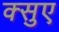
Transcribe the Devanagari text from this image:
क्सुए